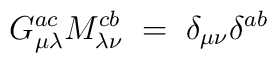
G_{\mu\lambda}^{ac} M_{\lambda\nu}^{cb} \;=\; \delta_{\mu\nu} \delta^{ab}